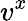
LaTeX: v^{x}